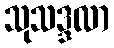
သုသဒ္ဒလာ